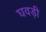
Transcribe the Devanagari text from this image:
घवड़ी